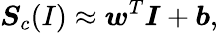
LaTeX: \boldsymbol{S}_{c}(I)\approx\boldsymbol{w}^{T}\boldsymbol{I}+\boldsymbol{b},